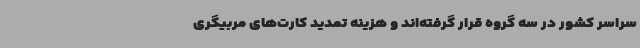
سراسر کشور در سه گروه قرار گرفته‌اند و هزینه تمدید کارت‌های مربیگری